Lunatic asylums Bombay report 1878-1890 - 1878-1890
Year: 1878
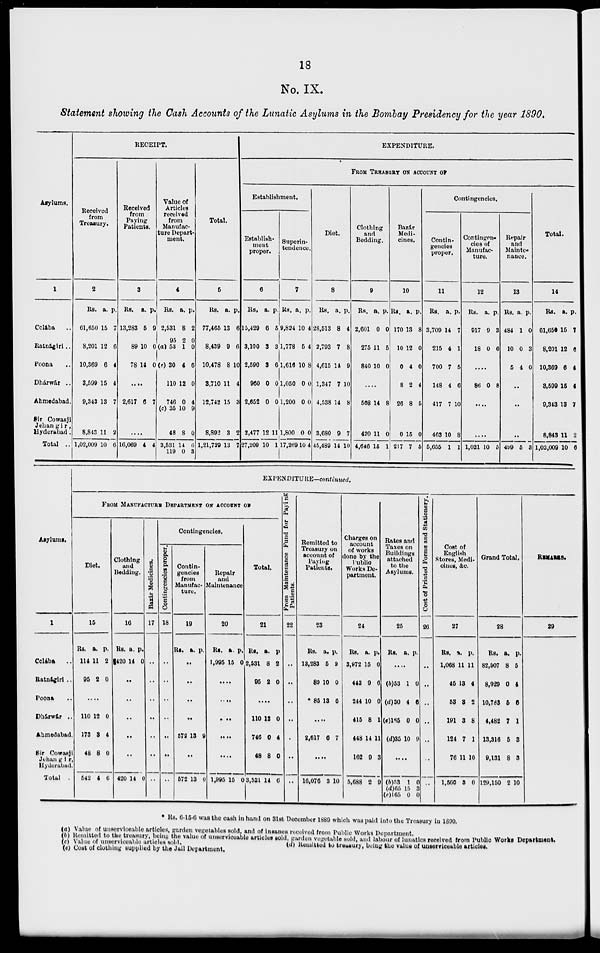
18
No. IX.
Statement showing the Cash Accounts of the Lunatic Asylums in the Bombay Presidency for the year 1890.
Asylums.
1
Colába ..
Ratnágiri ..
Poona ..
Dhárwár ..
Ahmedabad.
Sir Cowasji
Jehangir,
Hyderabad.
Total ..
RECEIPT.
Received
from
Treasury.
2
Rs.
61,650
8,201
10,369
3,509
9,343
8,843
1,02,009
a.
15
12
6
15
13
11
10
p.
7
6
4
4
7
2
6
Received
from
Paying
Patients.
3
Rs.
13,283
89
78
a.
5
10
14
p.
9
0
0
....
2,617 6 7
....
16,069 4 4
Value of
Articles
received
from
Manufac-
ture Depart-
ment.
4
Rs.
2,531
95
(a) 53
(e) 30
110
746
(c) 35
48
3,531
119
a.
8
2
1
4
12
0
10
8
14
0
p.
2
0
0
6
0
4
9
0
6
3
Total.
6
Rs.
77,465
8,439
10,478
3,710
12,742
8,892
1,21,729
a.
13
9
8
11
15
8
13
p.
6
6
10
4
3
2
7
EXPENDITURE.
FROM TREASURY ON ACCOUNT OF
Establishment.
Establish-
ment
proper.
6
Rs.
15,429
3,100
2,590
960
2,652
2,477
27,209
a.
6
3
3
0
0
12
10
p.
5
3
6
0
0
11
1
Superin-
tendence.
7
Rs.
9,824
1,778
1,616
1,050
1,200
1,800
17,261
a.
10
5
10
0
0
0
910
p.
4
4
8
0
0
0
4
Diet.
8
Rs.
28,513
2,793
4,615
1,347
4,538
3,680
45,489
a.
8
7
14
7
14
9
14
p.
4
8
9
10
8
7
10
Clothing
and
Bedding.
9
Rs.
2,601
275
840
a.
0
11
10
p.
0
5
0
....
508
420
4,640
14
11
15
8
0
1
Bazár
Medi-
cines.
10
Rs.
170
10
0
8
26
0
217
a.
13
12
4
2
8
15
7
p.
8
0
0
4
5
0
5
Contingencies.
Contin-
gencies
proper.
11
Rs.
3,709
215
700
148
417
463
5,655
a.
14
4
7
4
7
10
1
p.
7
1
5
6
10
8
1
Contingen-
cies of
Manufac-
ture.
12
Rs.
917
18
a.
9
0
p.
3
6
....
86 0 8
....
....
1,021 10 5
Repair
and
Mainte-
nance.
13
Rs.
484
10
5
a.
1
0
4
p.
0
3
0
..
..
..
499 5 9
Total.
14
Rs.
61,650
8,201
10,369
3,599
9,343
8,843
1,02,009
a.
15
12
6
15
13
11
10
p.
7
6
4
4
7
2
6
Asylums.
1
Colába
..
Ratnágiri ..
Poona ..
Dhárwár ..
Ahmedabad.
Sir Cowasji
Jehangir,
Hyderabad
Total
EXPENDITURE-continued.
FROM MANUFACTURE DEPARTMENT ON ACCOUNT OF
Diet.
15
Rs.
114
95
a.
11
2
p.
2
0
....
110
173
48.
542
12
3
8
4
0
4
0
6
Clothing
and
Bedding.
16
Rs.
420
a.
14
p.
0
..
..
..
..
..
420 14 0
Bazár Medicines.
17
..
..
..
..
..
..
..
Contingencies.
Contingencies proper.
18
..
..
..
..
..
..
..
Contin-
gencies
from
Manufac-ture.
19
Rs. a. p.
..
...
..
..
572 13 9
..
672 13 0
Repair
and
Maintenance
20
Rs.
1,995
a.
15
p.
0
...
....
...
...
....
1,995 15 0
Total.
21
Rs.
2,531
95
a.
8
2
p.
2
0
....
110
746
46
3,531
12
0
8
14
0
4
0
6
From Maintenance Fund for Paying
Patients.
22
..
..
..
..
..
..
..
Remitted to
Treasury on
account of
Paying
Patients.
23
Rs.
18,283
89
*86
a.
6
10
13
p.
9
0
6
....
2,617 6 7
....
16,076 3 10
Charges on
account
of works
done by the
Public
Works De-
partment.
24
Rs.
3,972
443
244
415
448
162
5,688
a.
15
9
10
8
14
9
2
p.
0
6
0
1
11
3
9
Rates and
Taxes on
Buildings
attached
to the
Asylums.
25
Rs. a. p.
....
(b)53
(d) 30
(e)165
(d)35
1
4
0
10
0
6
0
9
....
(b)53
(d)65
(e)165
1
15
0
0
3
0
Cost of Printed Forms and Stationery.
26
..
..
..
..
..
..
..
Cost Of
English
Stores, Medi-
chics, &c.
27
Rs.
1,068
45
53
191
124
76
1,560
a.
11
13
3
3
7
11
3
p.
11
4
2
8
1
10
0
Grand Total.
28
Rs.
82,507
8,929
10,783
4,482
13,316
9,131
129,150
a.
8
0
5
7
5
8
2
p.
5
4
6
1
3
3
10
REMARKS.
29
* Rs. 6-15-6 was the cash in hand on 31st December 1889 which was paid into the Treasury in 1890.
(a) Value of unserviceable articles, garden vegetables sold, and of insanes received from Public Works Department.
(b) Remitted to the treasury, being the value of unserviceable articles sold, garden vegetable sold, and labour of lunatics received from Public Works Department.
(c) Value of unserviceable articles sold.
(d) Remitted to treasury, being the value of unserviceable articles.
(e) Cost of clothing supplied by the Jail Department.